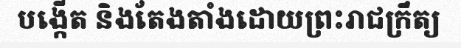
បង្កើត និងតែងតាំងដោយព្រះរាជក្រឹត្យ